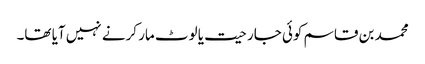
محمد بن قاسم کوئی جارحیت یا لوٹ مار کرنے نہیں آیا تھا۔